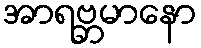
အာရဗ္ဘမာနော